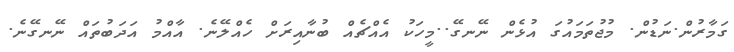
ގަމާރުން.ނަޑުން. މުޖުތަމައުގަ އުޅެން ނޭނގޭ..މީހަކު އެއްޗެއް ބުނާއިރަށް ހެއްލޭނެ. އާއްމު އަދަބުތައް ނޭނގޭނެ.